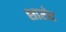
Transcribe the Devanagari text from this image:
शारोद